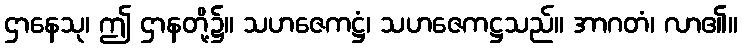
ဌာနေသု၊ ဤ ဌာနတို့၌။ သဟဇေကဋ္ဌံ၊ သဟဇေကဋ္ဌသည်။ အာဂတံ၊ လာ၏။